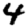
Digit: 4